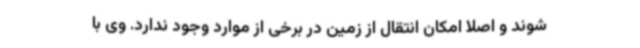
شوند و اصلا امکان انتقال از زمین در برخی از موارد وجود ندارد. وی با